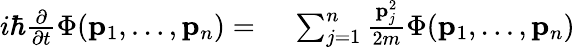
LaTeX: \begin{array}{rl}{i\hbar{\frac{\partial}{\partial t}}\Phi(\mathbf{p}_{1},\ldots,\mathbf{p}_{n})={}}&{{}\sum_{j=1}^{n}\frac{\mathbf{p}_{j}^{2}}{2m}\Phi(\mathbf{p}_{1},\ldots,\mathbf{p}_{n})}\end{array}